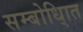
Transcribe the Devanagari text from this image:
सम्बोधि्ात